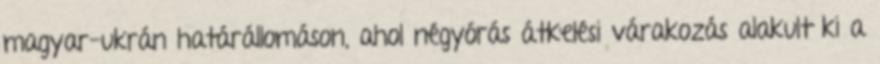
magyar-ukrán határállomáson, ahol négyórás átkelési várakozás alakult ki a